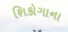
શિકોગાના